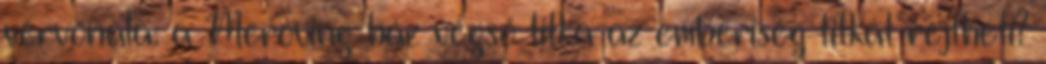
vérvonala: a Meroving-ház végső titka az emberiség titkát rejtheti?